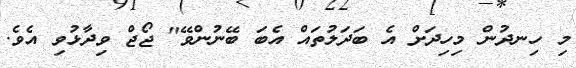
މި ހިނދުން މިހިދަށް އެ ބަދަލުތައް އެބަ ބޭނުންވޭ" ޖޯޖް ވިދާޅުވި އެވެ.